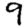
Digit: 9